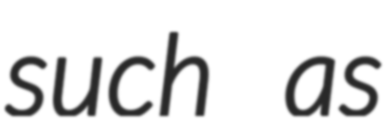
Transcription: such as